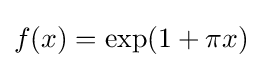
f(x)=\exp(1+\pi x)